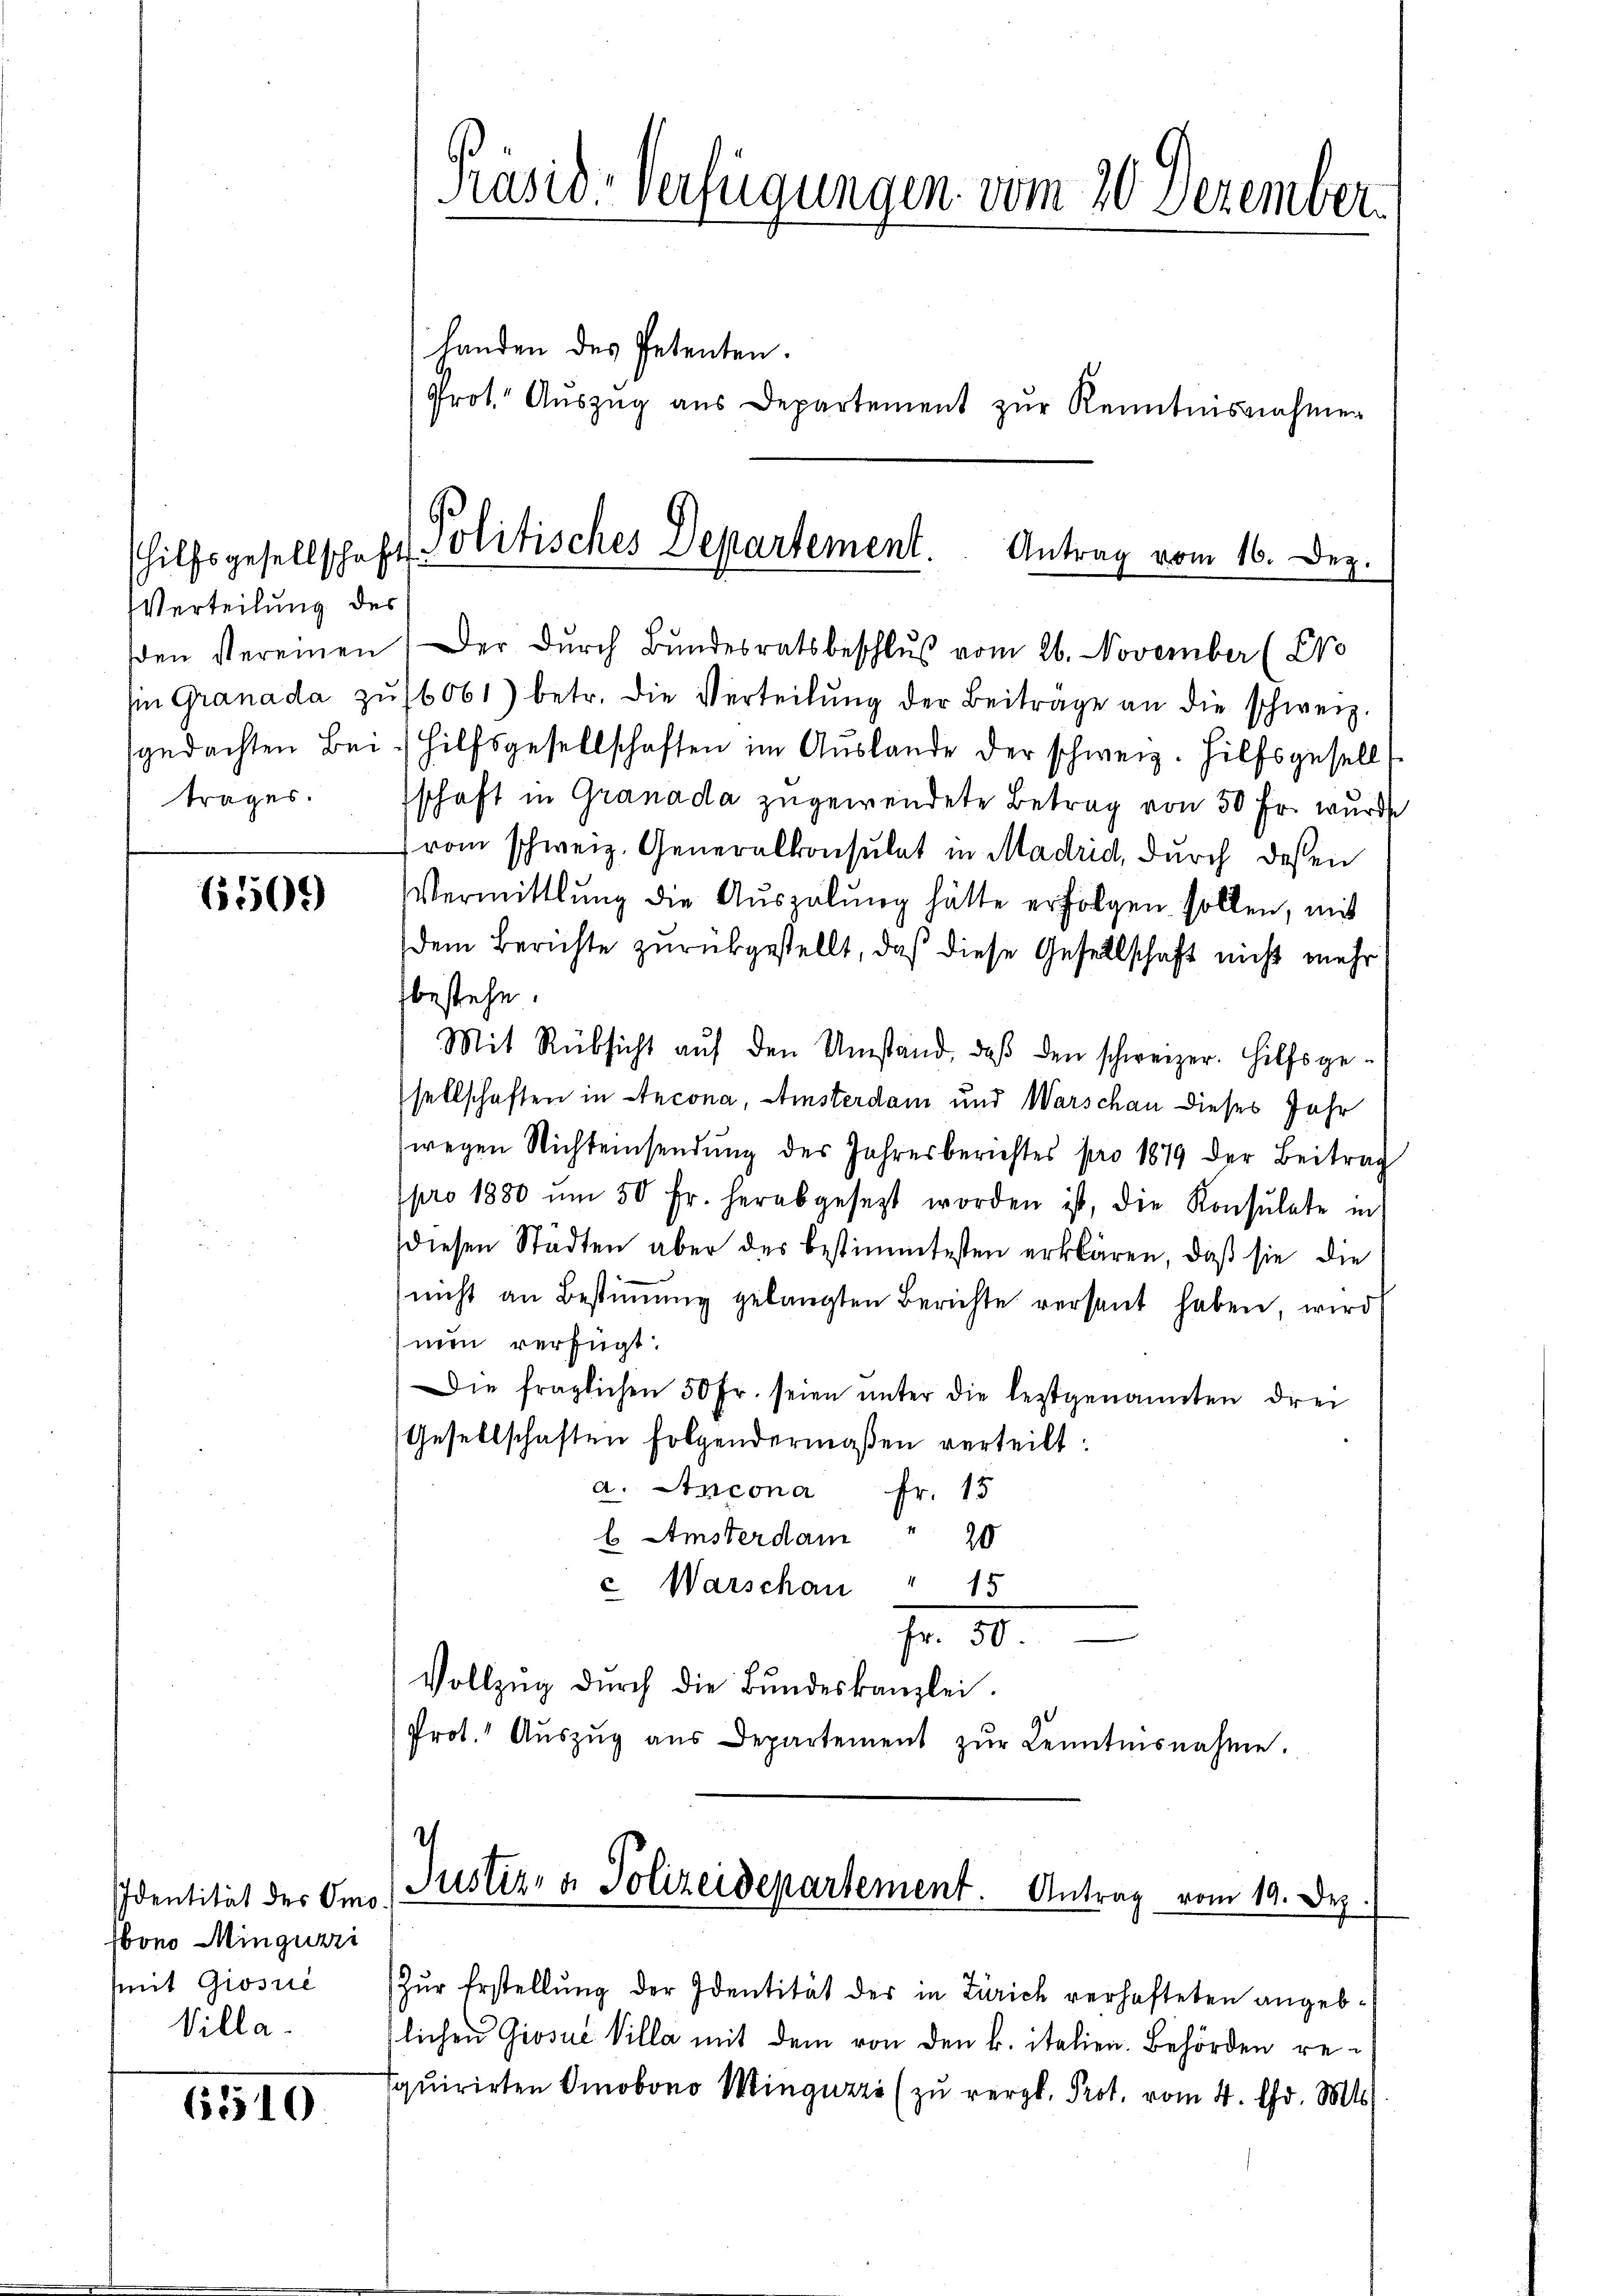
hilfsgesellschaft
Verteilung des
trages.

6509

Identität des Omo
bono Mingurri
(mit Giosire
Villa-

6510

Präsid-Verfügungen vom 20 Dezember

Handen des Petenten.
Politisches Departement. Antrag vom 16. Dez.

Prot. Auszug aus Departement zur Kenntnisnahmen

den vereinen (Der dŭrch Bŭndesratsbeschlŭβ vom 26. November (CVo

hin Granada zŭ 6061) betr. die Verteilŭng der Beitrage an die schweiz.
sgedachten Bei Hilfsgesellschaften im Aŭslande der schweiz. Hilfsgesellt
schaft in Granada zugewendete Betrag von 50 Fr. wurde
vom schweiz. Generalkonsulat in Madrid, durch dessen
Vermittlung die Auszalung hätte erfolgen sollen, mit
dem Berichte zurükgestellt, daß diese Gesellschaft nicht mehr
fbestehe.
Mit Rüksicht aŭf den Umstand, daβ den schweizer. Hilfsge-
sellschaften in Ancona, insterdam und Warschau dieses Jahr
wegen Nichtensendŭng des Jahresberichtes pro 1879 der Beitrag
pro 1880 um 50 fr. herabgesezt worden ist, die Konsulate in
diesen Städten aber der bestimmtesten erklären, daß sie die
nicht an Bestiṁŭng gelangten Berichte versant haben, wird
nun verfügt:
Die fraglichen 50 fr. seien ŭnter die leztgenannten drei
Gesellschaften folgendermaßen verteilt:
a. Ancona Fr. 15
l Amsterdam
20
 Warschau " 15
I. 30.
Vollzŭg dŭrch die Bŭndeskanzlei.
Prot. Aŭszŭg aŭs Departement zŭr Kenntnisnahme.

.
Justiz- & Polizeidepartement. Antrag vom 19. Dez.

Zŭr Erstellŭng der Identität der in Zürich verhafteten angeblichen Grosue Villa mit dem von den k. italien. Behörden resquirirten Dobono Minquare (zu vergl. Prot. vom 4. Chr. Mts